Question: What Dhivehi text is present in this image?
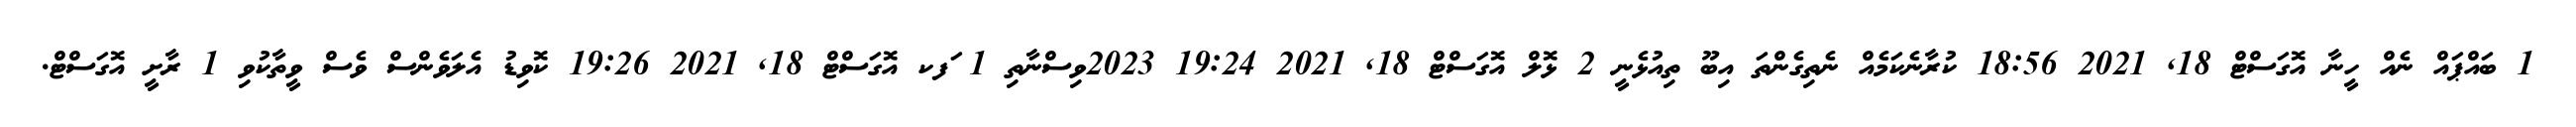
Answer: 1 ބައްޕައް ނެއް ހީނާ އޮގަސްޓް 18, 2021 18:56 ކުރާނެކަމެއް ނެތިގެންތަ އިބޫ ތިއުޅެނީ 2 ޅޮލް އޮގަސްޓް 18, 2021 19:24 2023ވިސްނާތި 1 ަފކ އޮގަސްޓް 18, 2021 19:26 ކޮވިޑު އެލަވެންސް ވެސް ވީތާކުވި 1 ރާށީ އޮގަސްޓް.